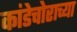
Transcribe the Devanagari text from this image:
कांडेचोराच्या